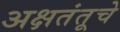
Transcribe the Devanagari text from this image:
अक्षतंतूचे